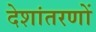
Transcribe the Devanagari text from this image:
देशांतरणों